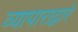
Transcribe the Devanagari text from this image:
व्यापाराद्वारे